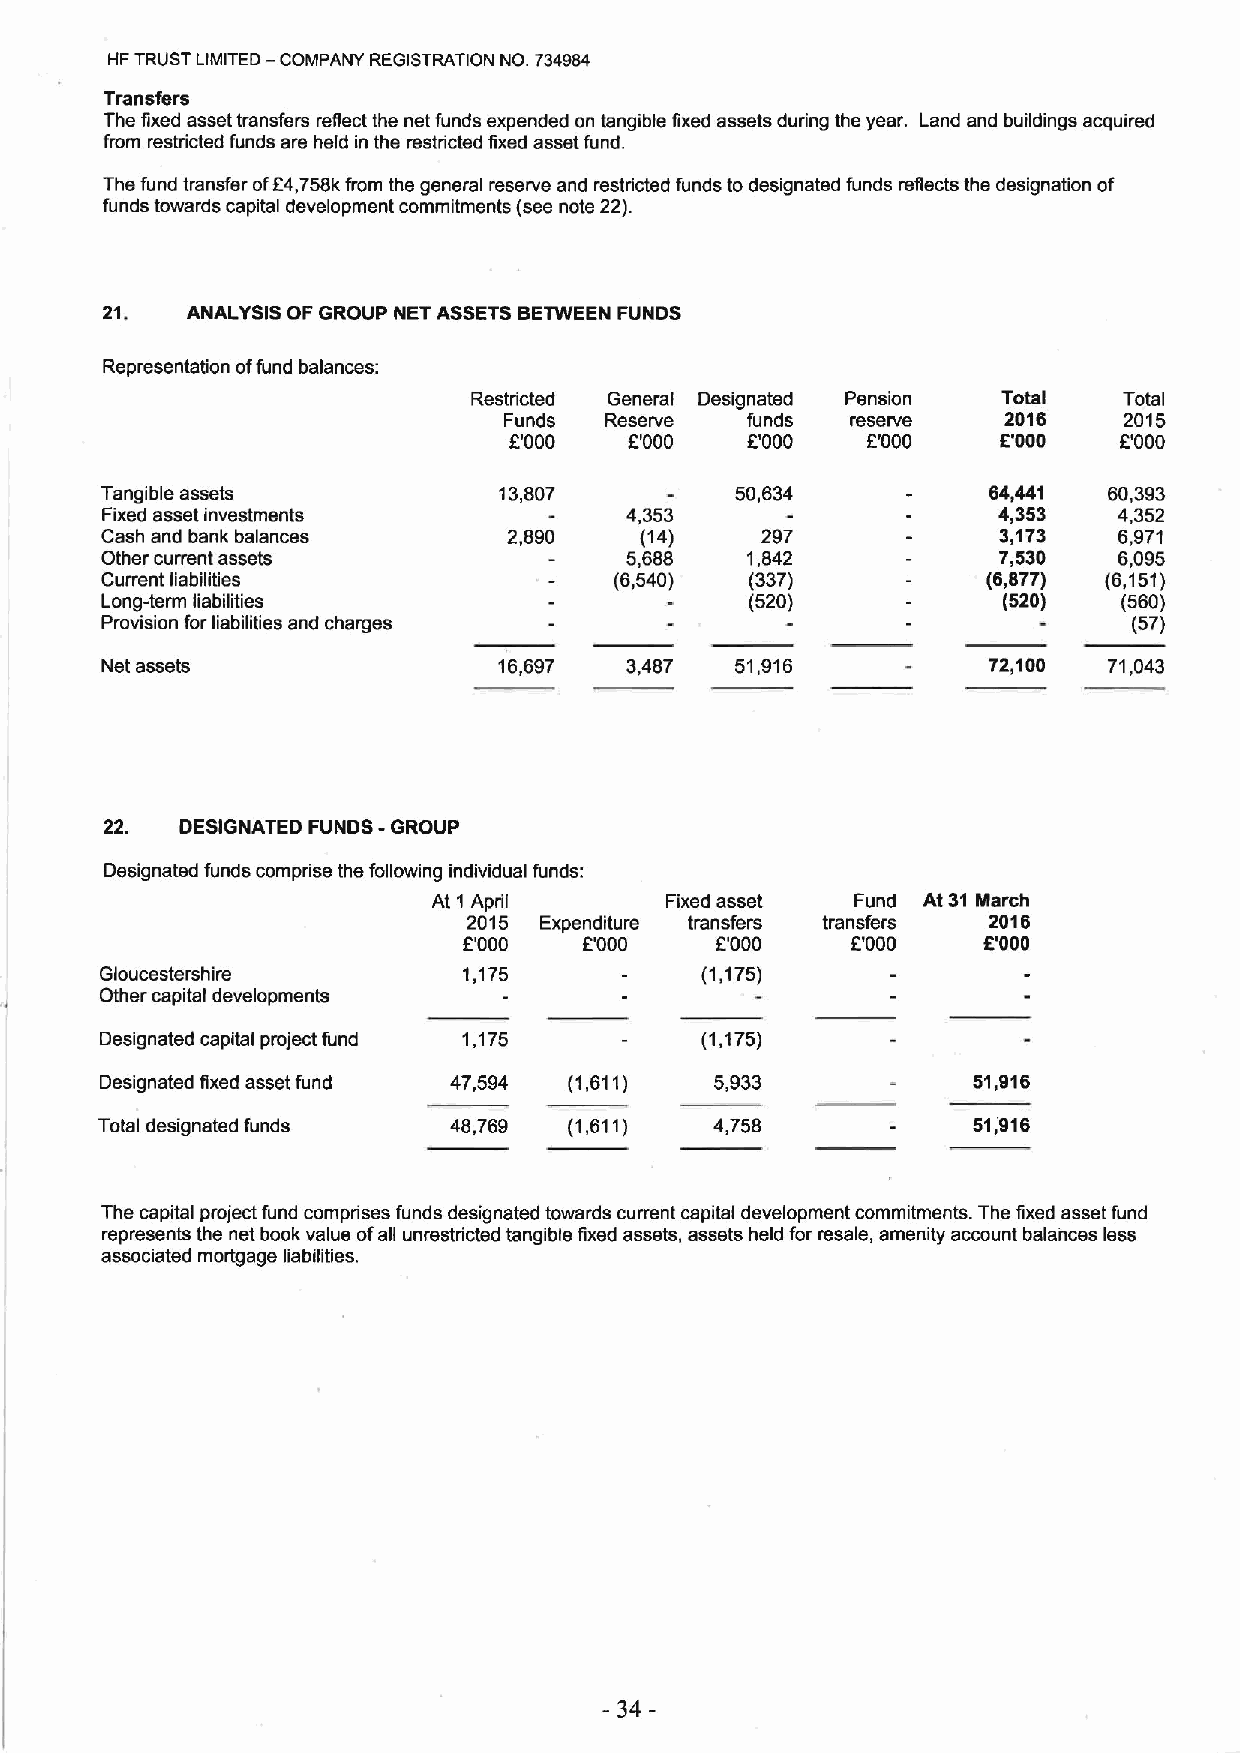
FIFTRUST LIMITED — COMPANY REGISTRATION NO. 734984
 Transfers
 The fixed asset transfers reflect the net funds expended on tangible fixed assets during the year. Land and buildings acquired
 from restricted funds are held in the restricted fixed asset fund.
 The fund transfer off4,758kfrom the general reserve and restricted funds to designated funds refiects the designation of
 funds towards capital development commitments (see note 22).
 21.  ANALYSIS OF GROUP NET ASSETSBETWEEN FUNDS
 Representation offund balances:
 Restricted General Designated Pension Total Total
 Funds  Reserve  funds  reserve   2018    2015
 E'000   f '000 f'000   f.'000   K'000   E'000
 Tangible assets           13,807          50,634          64,441  60,393
 Fixed asset investments           4,353                    4,353   4,352
 Cash and bank balances     2,890   (14)    297             3,173   6,971
 Other current assets              5,688   1,842            7,530   6,095
 Current liabilities               (6,540)  (337)          (8,877) (6,151)
 Long-term liabilities                      (520)           (520)   (560)
 Provision for liabilities and charges                               (57)
 Net assets                16,697  3,487   51,916          72,100  71,043
 22.  DESIGNATED FUNDS - GROUP
 Designated funds comprise the following individual funds:
 At 1 April     Fixed asset  Fund At 31 March
 2015 Expenditure transfers transfers 2018
 f.'000  E'000   E'000    E'000    8'000
 Gloucestershire         1,175          (1,175)
 Other capital developments
 Designated capital project fund 1,175  (1,175)
 Designated fixed asset fund 47,594 (1,611) 5,933         s1,a16
 Total designated funds 48,769  (1,611)  4,758            st,a16
 The capital project fund comprises funds designated towards current capital development commitments. The fixed asset fund
 represents the net book value ofafi unrestricted tangible fixed assets, assets held for resale, amenity account balances less
 associated mortgage liabilities.
 -34-